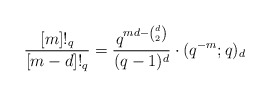
\begin{align*}\frac{[m]!_q}{[m - d]!_q} = \frac{q^{md - \binom{d}{2}}}{(q - 1)^d} \cdot (q^{-m}; q)_d\end{align*}